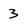
Character: 3